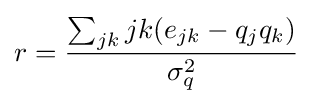
r={\frac {\sum _{jk}{jk(e_{jk}-q_{j}q_{k})}}{\sigma _{q}^{2}}}